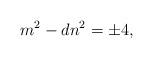
LaTeX: \begin{align*}m^2-dn^2=\pm 4,\end{align*}